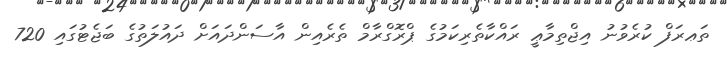
ތަޢރަފް ކުރެވުނު އިޖްތިމާޢީ ރައްކާތެރިކަމުގެ ޕްރޮގްރާމް ތެރެއިން އާސަންދައަށް ދައުލަތުގެ ބަޖެޓުގައި 720